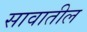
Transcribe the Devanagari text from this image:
सावातील